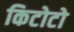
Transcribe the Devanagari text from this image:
किटोटो